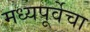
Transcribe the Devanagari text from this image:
मध्यपूर्वेचा